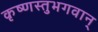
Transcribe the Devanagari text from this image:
कृष्णस्तुभगवान्